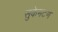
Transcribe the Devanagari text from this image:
सुकेमटण